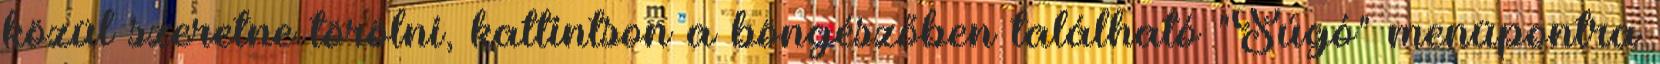
közül szeretne törölni, kattintson a böngészőben található "Súgó" menüpontra